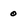
Character: 0